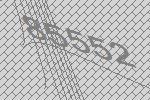
85552